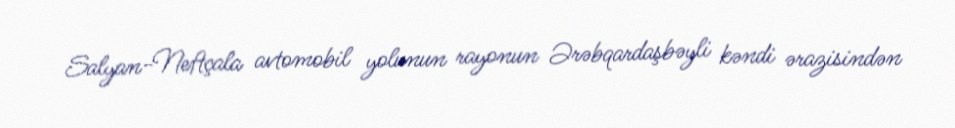
Salyan-Neftçala avtomobil yolunun rayonun Ərəbqardaşbəyli kəndi ərazisindən